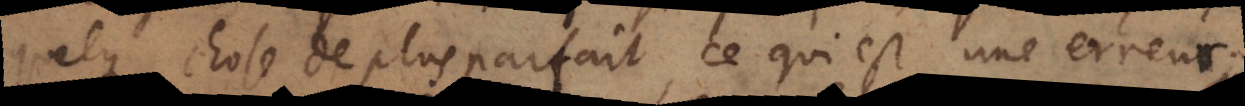
quelque chose de plus parfait , ce qui est une erreur.